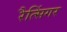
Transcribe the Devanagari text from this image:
रैत्सिंगर